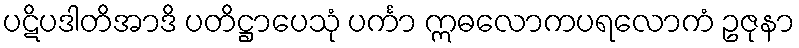
ပဋိပဒါတိအာဒိ ပတိဋ္ဌာပေသုံ ပင်္ကာ ဣဓလောကပရလောကံ ဥဇုနာ